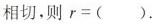
相切，则$$r = ( )$$.